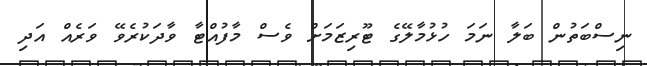
ނިސްބަތުން ބަލާ ނަމަ ހުޅުމާލޭގެ ޓޫރިޒަމަށް ވެސް މާފުއްޓާ ވާދަކުރެވޭ ވަރެއް އަދި